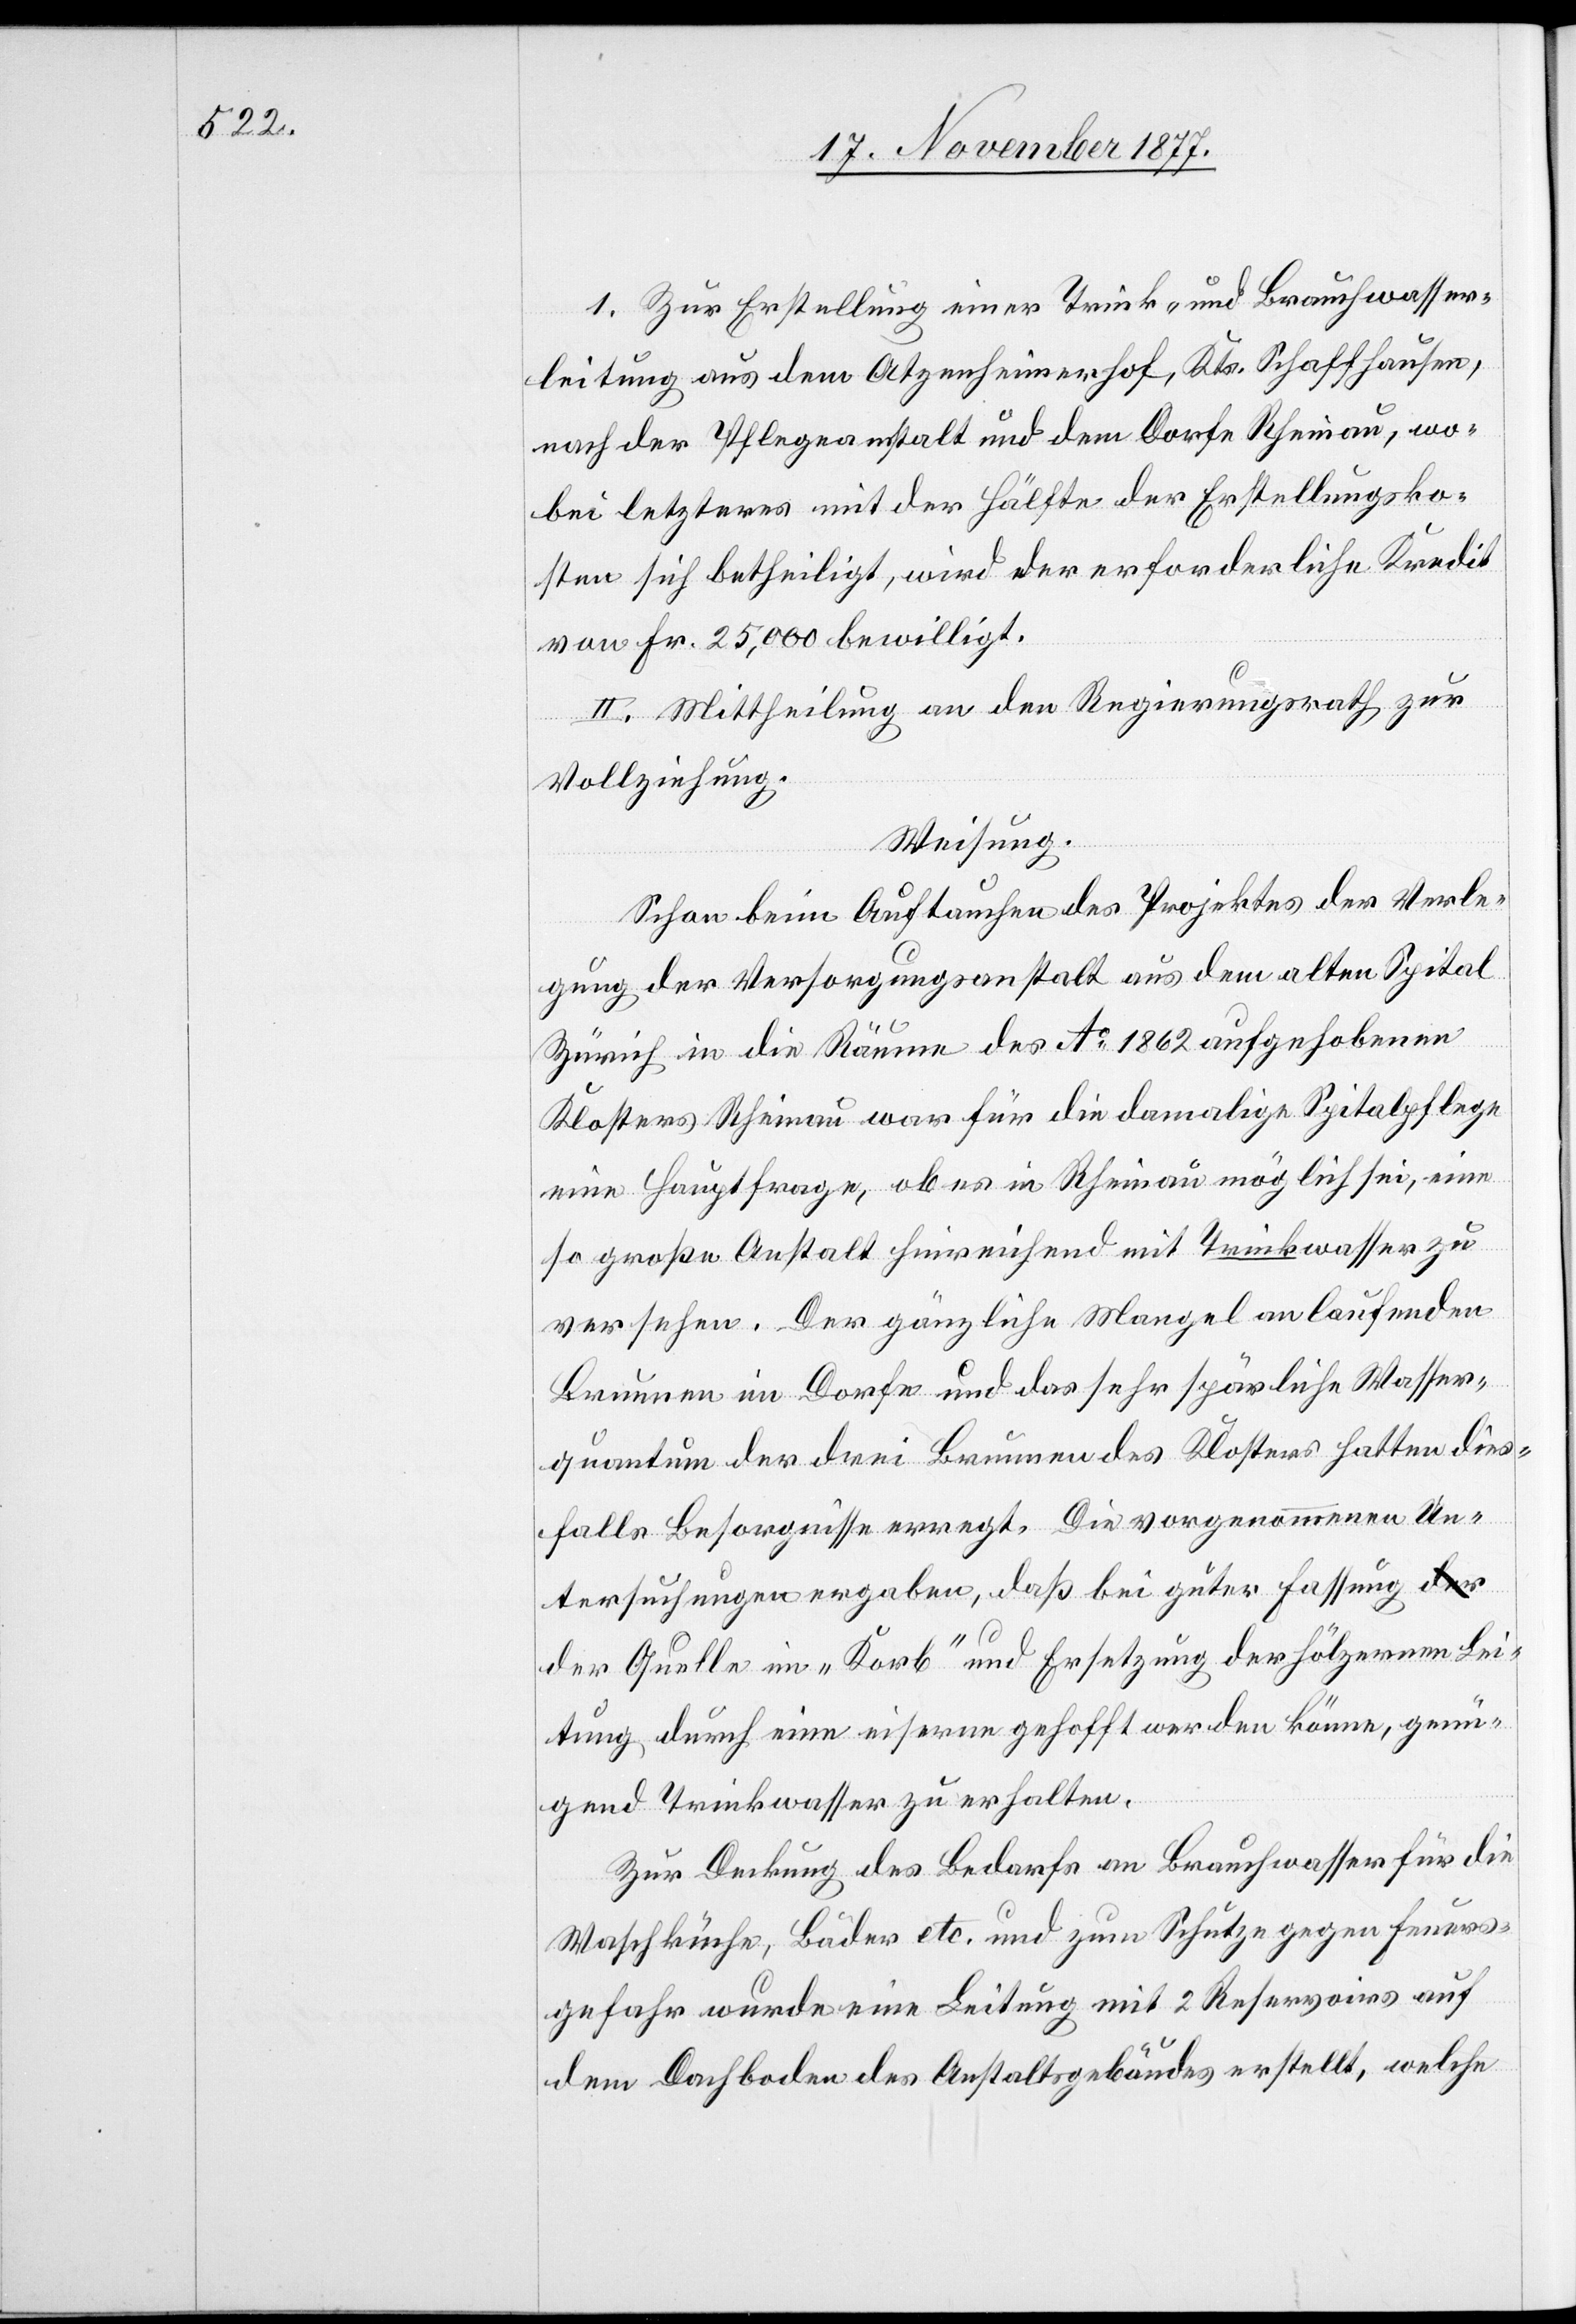
1. Zur Erstellung einer Trink- und Brauchwasser¬
leitung aus dem Atzenheimerhof, Kts. Schaffhausen,
nach der Pflegeanstalt und dem Dorfe Rheinau, wo¬
bei letzteres mit der Hälfte der Erstellungsko¬
sten sich betheiligt, wird der erforderliche Kredit
von Fr. 25,000 bewilligt.
2.] Mittheilung an den Regierungsrath zur
Vollziehung.
Weisung.
Schon beim Auftauchen des Projektes der Verle¬
gung der Versorgungsanstalt aus dem alten Spital
Zürich in die Räume des Ao 1862 aufgehobenen
Klosters Rheinau war für die damalige Spitalpflege
eine Hauptfrage, ob es in Rheinau möglich sei, eine
so große Anstalt hinreichend mit Trinkwasser zu
versehen. Der gänzliche Mangel an laufenden
Brunnen im Dorfe und das sehr spärliche Wasser¬
quantum der drei Brunnen des Klosters hatten dies¬
falls Besorgnisse erregt. Die vorgenommenen Un¬
tersuchungen ergaben, daß bei guter Fassung
der Quelle im „Korb“ und Ersetzung der hölzernen Lei¬
tung durch eine eiserne gehofft werden könne, genü¬
gend Trinkwasser zu erhalten.
Zur Deckung des Bedarfs an Brauchwasser für die
Waschküche, Bäder etc. und zum Schutze gegen Feuers¬
gefahr wurde eine Leitung mit 2 Reservoirs auf
dem Dachboden des Anstaltsgebäudes erstellt, welche